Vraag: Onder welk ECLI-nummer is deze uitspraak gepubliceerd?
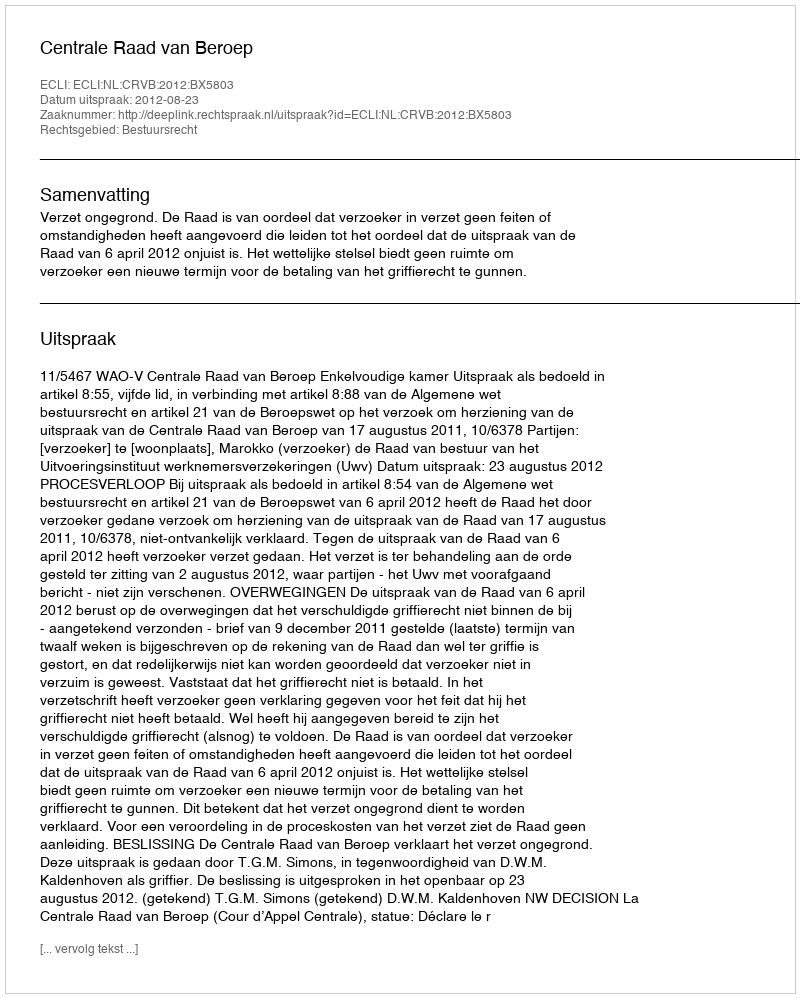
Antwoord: ECLI:NL:CRVB:2012:BX5803